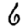
Digit: 6